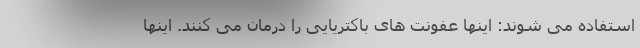
استفاده می شوند: اینها عفونت های باکتریایی را درمان می کنند. اینها